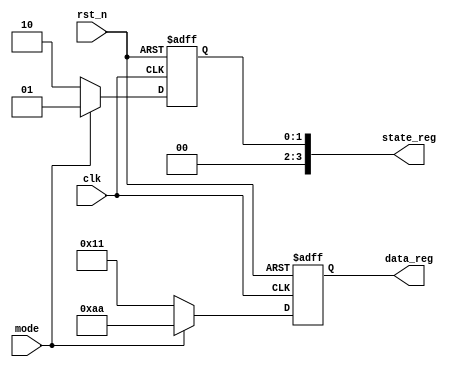
module InitializationBlock(
    input wire clk,            // Clock signal
    input wire rst_n,         // Active-low reset signal
    input wire mode,          // Mode of operation (0 or 1)
    output reg [7:0] data_reg,// 8-bit data register
    output reg [3:0] state_reg// 4-bit state register
);

// State definitions
parameter IDLE = 4'b0000;
parameter INIT = 4'b0001;
parameter RUN  = 4'b0010;

// Non-blocking assignments for initialization
initial begin
    // Initialize registers with default values
    data_reg <= 8'h00;         // Default value for data register
    state_reg <= IDLE;         // Start in IDLE state

    // Optional delays (if needed)
    #5 data_reg <= 8'hFF;      // Set data_reg to 255 after 5 time units
    #5 state_reg <= INIT;      // Move to INIT state after another 5 time units
end

// Reset handling
always @(posedge clk or negedge rst_n) begin
    if (!rst_n) begin
        // Active-low reset: Set registers to initial state
        data_reg <= 8'h00;       // Reset data register
        state_reg <= IDLE;       // Reset to IDLE state
    end else begin
        // Conditional initialization based on mode
        if (mode == 1'b0) begin
            // Mode 0: Initialize differently
            data_reg <= 8'h11;    // Specific initialization for mode 0
            state_reg <= RUN;     // Move to RUN state
        end else begin
            // Mode 1: Default initialization
            data_reg <= 8'hAA;    // Specific initialization for mode 1
            state_reg <= INIT;    // Move to INIT state
        end
    end
end

endmodule